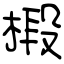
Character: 椴